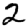
Digit: 2